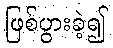
ဖြစ်ပွားခဲ့၍